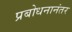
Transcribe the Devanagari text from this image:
प्रबोधनानंतर